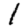
Digit: 1